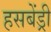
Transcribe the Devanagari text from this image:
हसबेंड्री